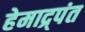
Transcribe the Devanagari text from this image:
हेमाद्र्पंत